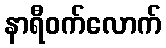
နာရီဝက်လောက်